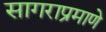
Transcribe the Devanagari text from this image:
सागराप्रमाणे